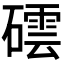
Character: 𥖅